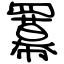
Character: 羃